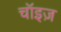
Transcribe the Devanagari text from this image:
चॉइज़